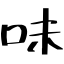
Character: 味